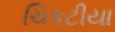
ચિકટીયા